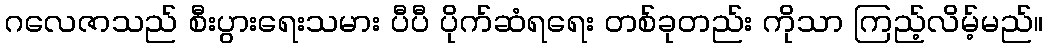
ဂလေဇာသည် စီးပွားရေးသမား ပီပီ ပိုက်ဆံရရေး တစ်ခုတည်း ကိုသာ ကြည့်လိမ့်မည်။